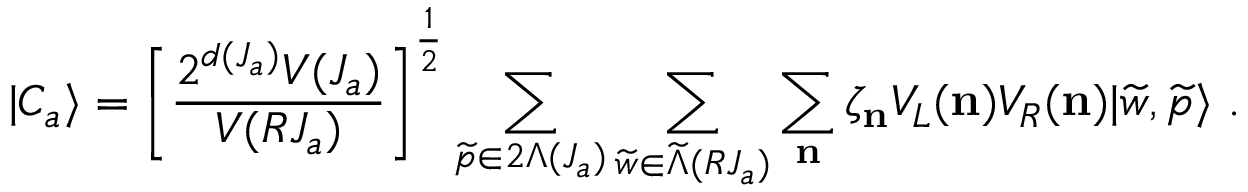
\vert C _ { a } \rangle = \left[ { \frac { 2 ^ { d ( J _ { a } ) } V ( J _ { a } ) } { V ( R J _ { a } ) } } \right] ^ { \frac { 1 } { 2 } } \sum _ { { \widetilde p } \in 2 \Lambda ( J _ { a } ) } \sum _ { { \widetilde w } \in { \widetilde \Lambda } ( R J _ { a } ) } \sum _ { \bf n } \zeta _ { \bf n } V _ { L } ( { \bf n } ) V _ { R } ( { \bf n } ) \vert { \widetilde w } , { \widetilde p } \rangle ~ .